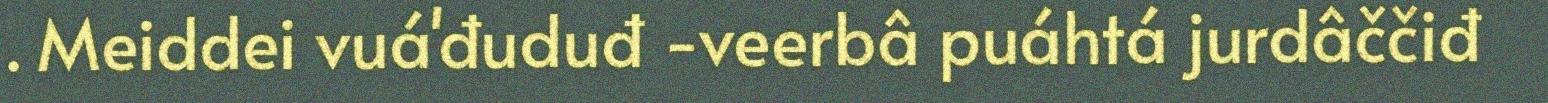
. Meiddei vuá'đuduđ -veerbâ puáhtá jurdâččiđ